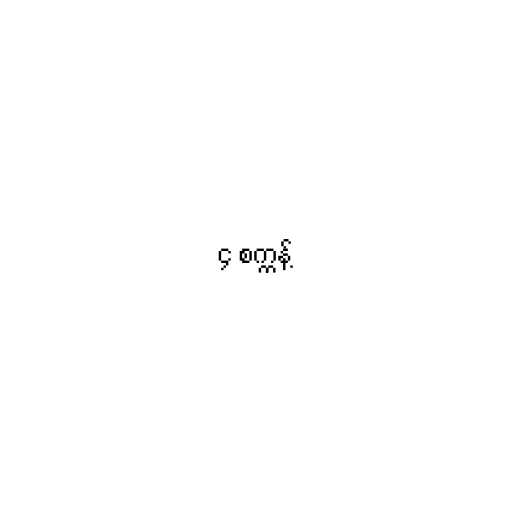
၄ စက္ကန့်